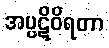
အပ္ပဋိဝိရတာ